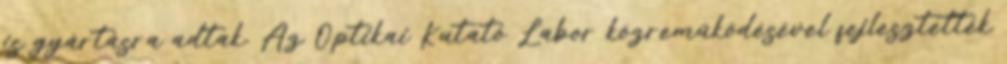
is gyártásra adtak. Az Optikai Kutató Labor közreműködésével fejlesztették